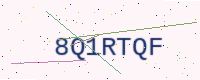
Text: 8Q1RTQF